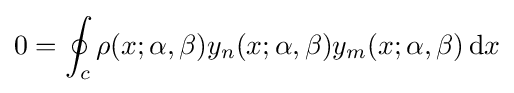
0=\oint _{c}\rho (x;\alpha ,\beta )y_{n}(x;\alpha ,\beta )y_{m}(x;\alpha ,\beta )\,\mathrm {d} x